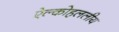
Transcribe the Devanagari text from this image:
ऐल्कोहललीय